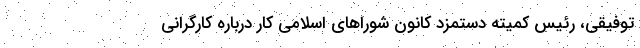
توفیقی، رئیس کمیته دستمزد کانون شوراهای اسلامی کار درباره کارگرانی